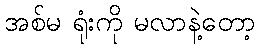
အစ်မ ရုံးကို မလာနဲ့တော့